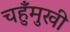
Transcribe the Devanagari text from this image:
चहुँमुखी